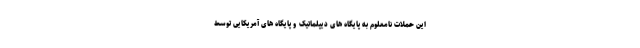
این حملات نامعلوم به پایگاه های دیپلماتیک و پایگاه های آمریکایی توسط